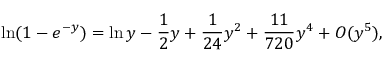
\ln ( 1 - e ^ { - y } ) = \ln y - \frac { 1 } { 2 } y + \frac { 1 } { 2 4 } y ^ { 2 } + \frac { 1 1 } { 7 2 0 } y ^ { 4 } + { \cal O } ( y ^ { 5 } ) ,